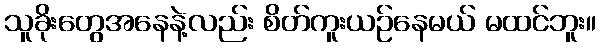
သူခိုးတွေအနေနဲ့လည်း စိတ်ကူးယဉ်နေမယ် မထင်ဘူး။